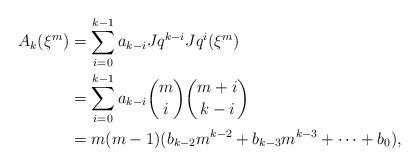
LaTeX: \begin{align*}A_k(\xi^m) &= \sum_{i=0}^{k-1} a_{k-i}Jq^{k-i}Jq^i(\xi^m) \\ &= \sum_{i=0}^{k-1}a_{k-i} \binom{m}{i} \binom{m+i}{k-i} \\ &= m(m-1) (b_{k-2}m^{k-2}+b_{k-3}m^{k-3}+ \cdots +b_0), \end{align*}